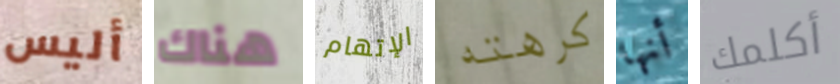
أليس هناك الإتهام كرهته أنها أكلمك